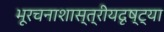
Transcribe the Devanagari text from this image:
भूरचनाशास्त्रीयदृष्ट्या